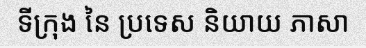
ទីក្រុង នៃ ប្រទេស និយាយ ភាសា